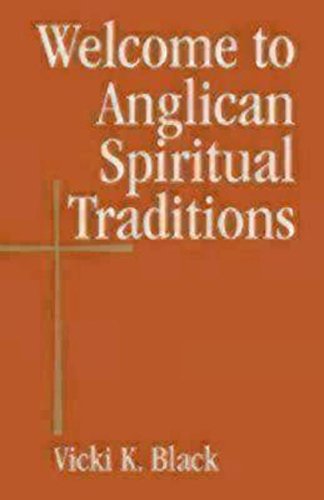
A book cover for Welcome to Anglican Spiritual Traditions (Welcome to the Episcopal Church); Vicki K. Black; Christian Books & Bibles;